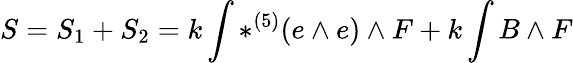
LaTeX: S=S_{1}+S_{2}=k\int\ast^{(5)}(e\wedge e)\wedge F+k\int{B\wedge F}